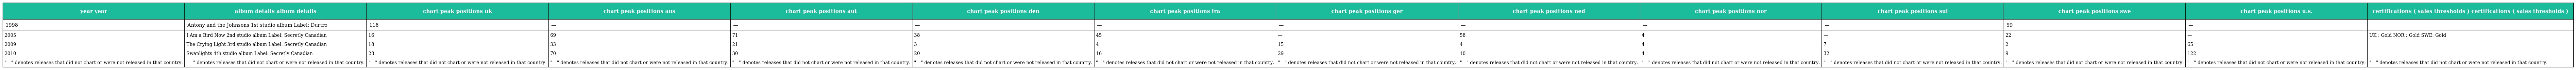
| year year | album details album details | chart peak positions uk | chart peak positions aus | chart peak positions aut | chart peak positions den | chart peak positions fra | chart peak positions ger | chart peak positions ned | chart peak positions nor | chart peak positions sui | chart peak positions swe | chart peak positions u.s. | certifications ( sales thresholds ) certifications ( sales thresholds ) |
 | --- | --- | --- | --- | --- | --- | --- | --- | --- | --- | --- | --- | --- | --- |
 | 1998 | Antony and the Johnsons 1st studio album Label: Durtro | 118 | — | — | — | — | — | — | — | — | 59 | — |  |
 | 2005 | I Am a Bird Now 2nd studio album Label: Secretly Canadian | 16 | 69 | 71 | 38 | 45 | — | 58 | 4 | — | 22 | — | UK : Gold NOR : Gold SWE: Gold |
 | 2009 | The Crying Light 3rd studio album Label: Secretly Canadian | 18 | 33 | 21 | 3 | 4 | 15 | 4 | 4 | 7 | 2 | 65 |  |
 | 2010 | Swanlights 4th studio album Label: Secretly Canadian | 28 | 70 | 30 | 20 | 16 | 29 | 10 | 4 | 32 | 9 | 122 |  |
 | "—" denotes releases that did not chart or were not released in that country. | "—" denotes releases that did not chart or were not released in that country. | "—" denotes releases that did not chart or were not released in that country. | "—" denotes releases that did not chart or were not released in that country. | "—" denotes releases that did not chart or were not released in that country. | "—" denotes releases that did not chart or were not released in that country. | "—" denotes releases that did not chart or were not released in that country. | "—" denotes releases that did not chart or were not released in that country. | "—" denotes releases that did not chart or were not released in that country. | "—" denotes releases that did not chart or were not released in that country. | "—" denotes releases that did not chart or were not released in that country. | "—" denotes releases that did not chart or were not released in that country. | "—" denotes releases that did not chart or were not released in that country. | "—" denotes releases that did not chart or were not released in that country. |